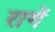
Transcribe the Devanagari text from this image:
रागें